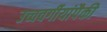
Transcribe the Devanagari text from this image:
उच्चवर्गीयांपैकी